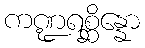
ကဏ္ဍရစ္ဆိန္နော